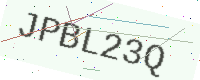
Text: JPBL23Q